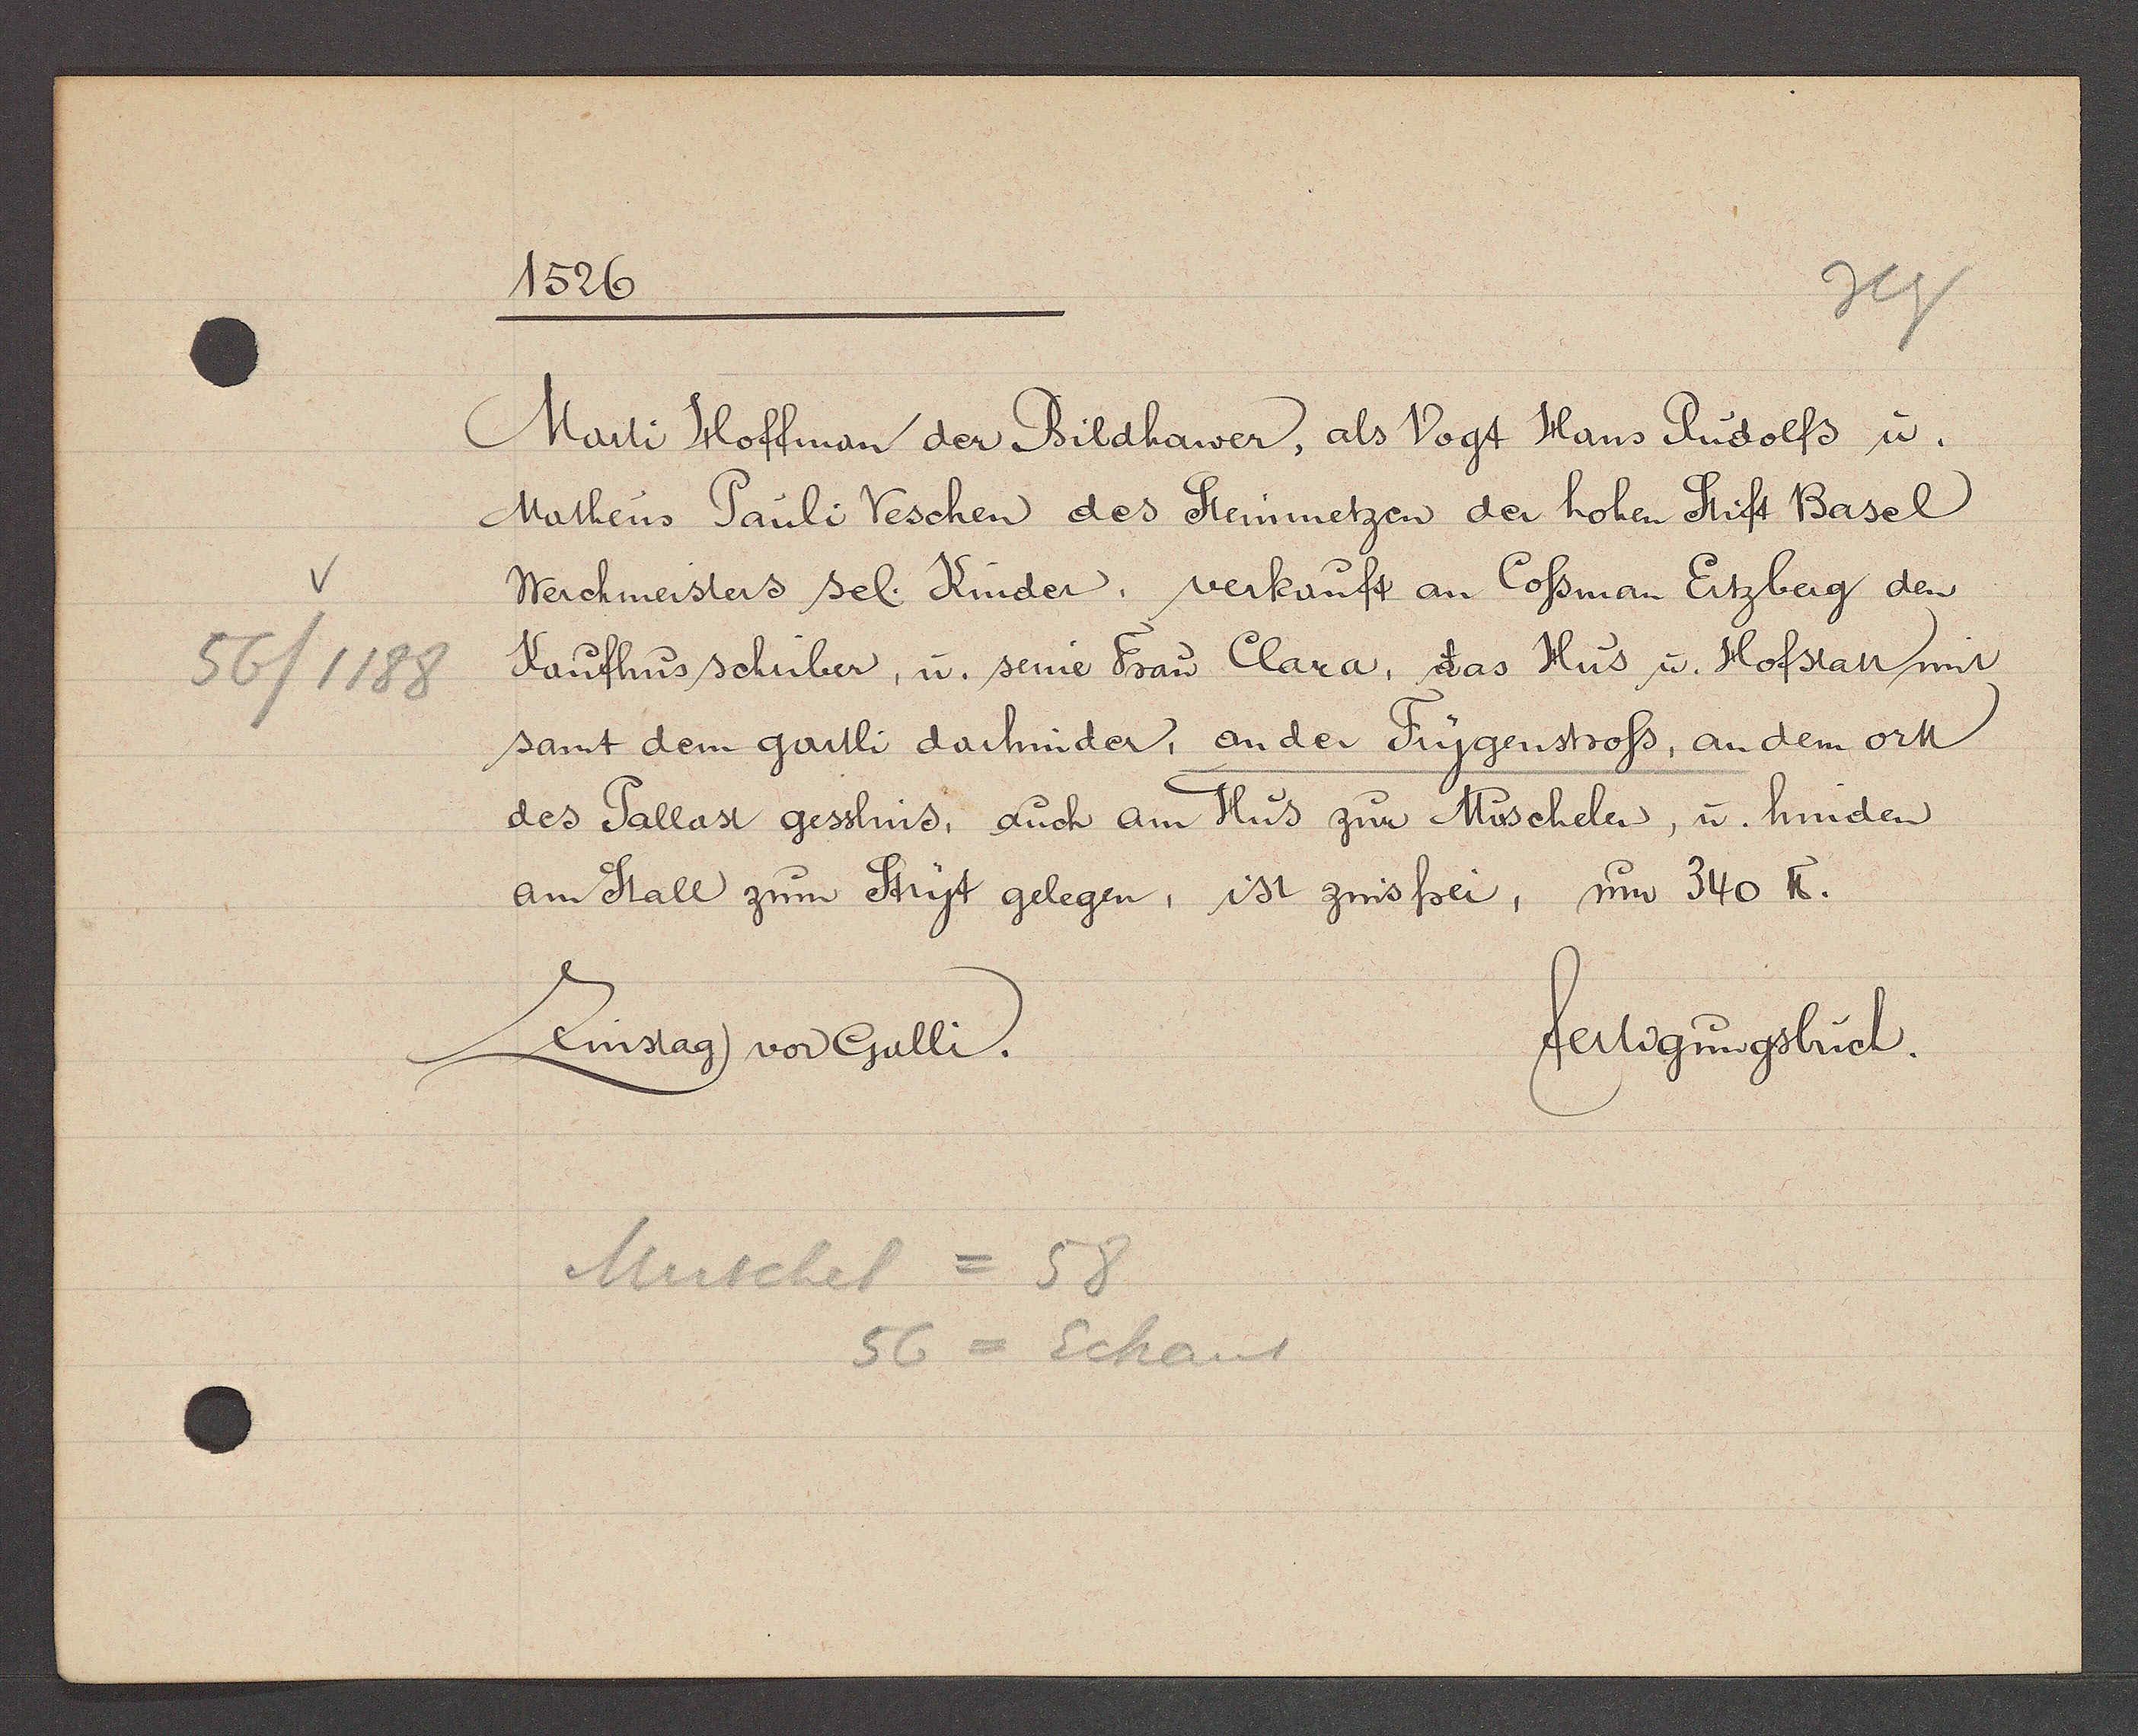
Transcript:
56/1188

1526

Marti Hoffman der Bildhawer, als Vogt Hans Rudolfs u.
Matheus Pauli Veschen des Steinmetzen der hohen Stift Basel
Werchmeisters sel. Kinder, verkauft an Cossman Ertzberg den
Kaufhus schuber, u. seine Frau Clara, das Hus u. Hofstatt mit
samt dem gartli darhinder, an der Frygenstross, an dem ortt
des Pallast gesslins, auch am Hus zur Muschelen, u. hinden
am Stall zum Stryt gelegen, ist zinsfrei, sum 340 ℔.

Zinstag vor Galli.

Muschel = 58
56 = Eckaut

fertigungsbuch.